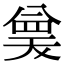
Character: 𭁗